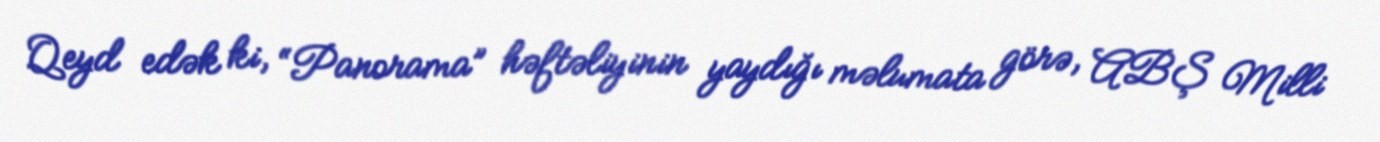
Qeyd edək ki, “Panorama” həftəliyinin yaydığı məlumata görə, ABŞ Milli